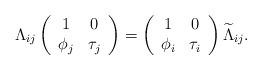
LaTeX: \begin{align*} \Lambda_{ij}\left(\begin{array}{cc}1&0\\\phi_{j}&\tau_{j}\end{array} \right)=\left(\begin{array}{cc}1&0\\\phi_{i}&\tau_{i}\end{array} \right)\widetilde{\Lambda}_{ij}. \end{align*}